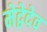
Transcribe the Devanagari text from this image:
मेद्वेदेव